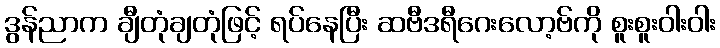
ဒွန်ညာက ချီတုံချတုံဖြင့် ရပ်နေပြီး ဆဗီဒရီဂေးလော့ဗ်ကို စူးစူးဝါးဝါး